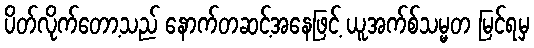
ပိတ်လိုက်တော့သည် နောက်တဆင့်အနေဖြင့် ယူအက်စ်သမ္မတ မြင်ရမှ